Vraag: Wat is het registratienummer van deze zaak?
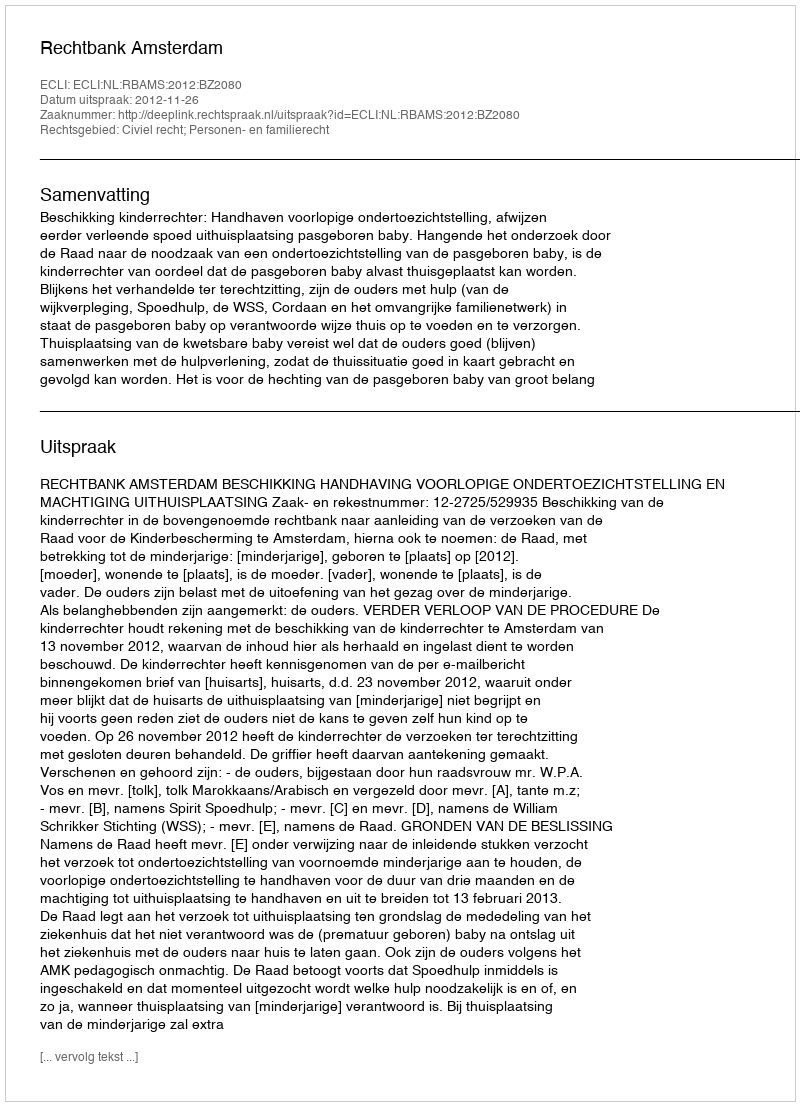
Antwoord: http://deeplink.rechtspraak.nl/uitspraak?id=ECLI:NL:RBAMS:2012:BZ2080